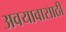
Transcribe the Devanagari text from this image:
अवयावासाठी